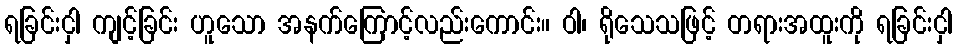
ရခြင်းငှါ ကျင့်ခြင်း ဟူသော အနက်ကြောင့်လည်းကောင်း။ ဝါ၊ ရိုသေသဖြင့် တရားအထူးကို ရခြင်းငှါ